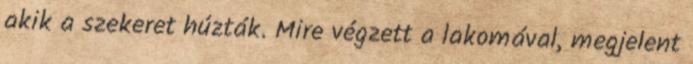
akik a szekeret húzták. Mire végzett a lakomával, megjelent